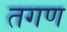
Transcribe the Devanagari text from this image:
तगण